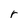
Character: r